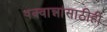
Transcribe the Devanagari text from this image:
पक्वान्नांसाठीही